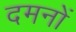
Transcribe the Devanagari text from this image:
दमनों